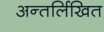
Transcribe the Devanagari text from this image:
अन्तर्लिखित